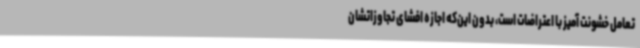
تعامل خشونت آمیز با اعتراضات است، بدون این‌که اجازه افشای تجاوزاتشان